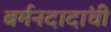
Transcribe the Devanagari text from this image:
बर्मनदादांची